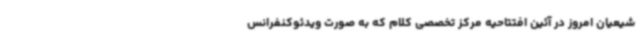
شیعیان امروز در آئین افتتاحیه مرکز تخصصی کلام که به صورت ویدئوکنفرانس